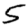
Digit: 5